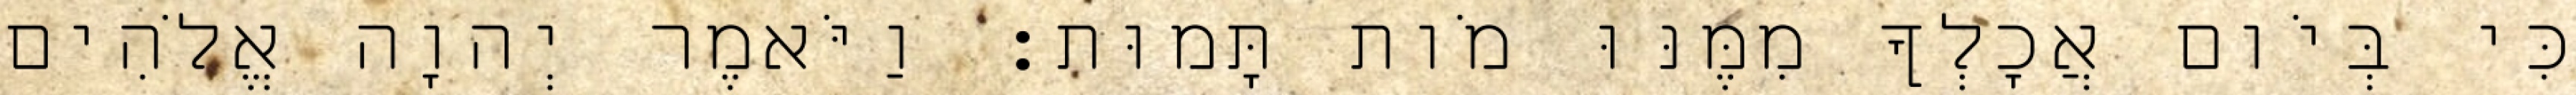
כִּי בְּיֹום אֲכָלְךָ מִמֶּנּוּ מֹות תָּמוּת׃ וַיֹּאמֶר יְהוָה אֱלֹהִים